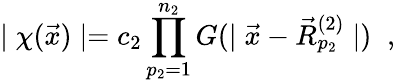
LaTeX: \mid\chi(\vec{x})\mid=c_{2}\prod_{p_{2}=1}^{n_{2}}G(\mid\vec{x}-\vec{R}_{p_{2}}^{(2)}\mid)\; \; ,